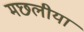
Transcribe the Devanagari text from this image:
मछलीया